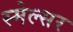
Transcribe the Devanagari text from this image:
स्मेल्सर